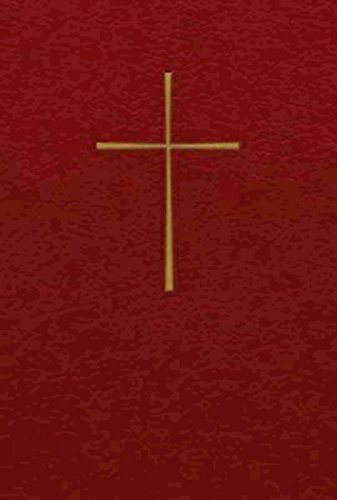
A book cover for Book of Common Prayer 1979: Large Print edition; Christian Books & Bibles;